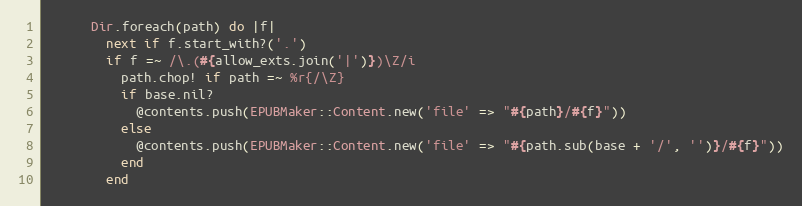
Language: Ruby
      Dir.foreach(path) do |f|
        next if f.start_with?('.')
        if f =~ /\.(#{allow_exts.join('|')})\Z/i
          path.chop! if path =~ %r{/\Z}
          if base.nil?
            @contents.push(EPUBMaker::Content.new('file' => "#{path}/#{f}"))
          else
            @contents.push(EPUBMaker::Content.new('file' => "#{path.sub(base + '/', '')}/#{f}"))
          end
        end